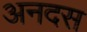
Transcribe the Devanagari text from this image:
अनदस